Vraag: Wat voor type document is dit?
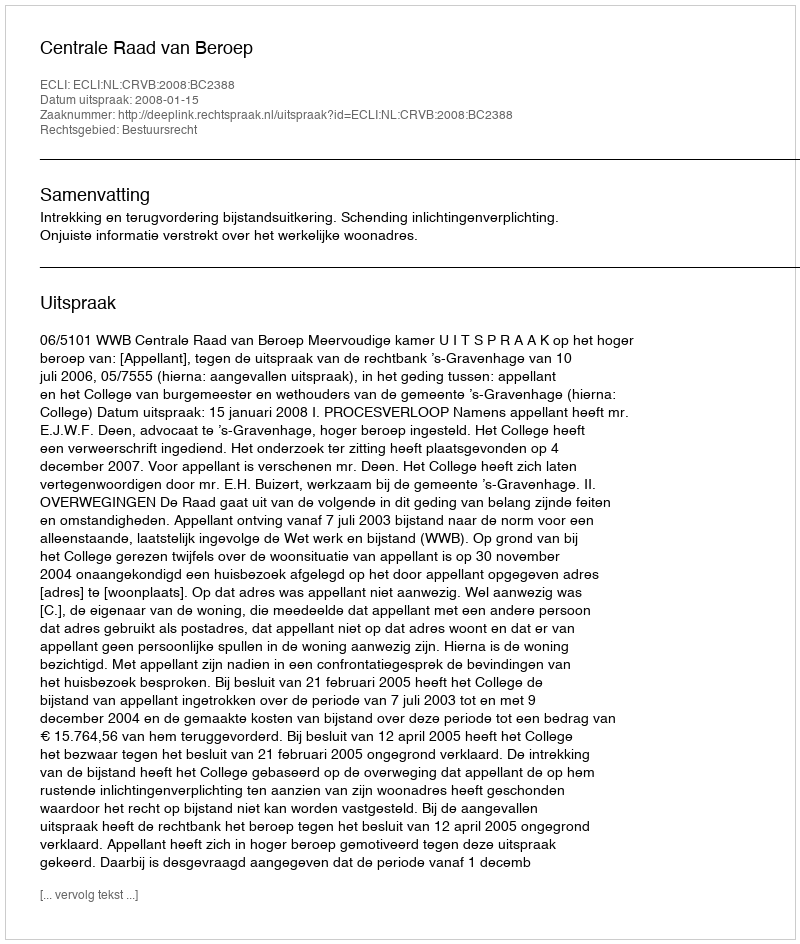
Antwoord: Uitspraak